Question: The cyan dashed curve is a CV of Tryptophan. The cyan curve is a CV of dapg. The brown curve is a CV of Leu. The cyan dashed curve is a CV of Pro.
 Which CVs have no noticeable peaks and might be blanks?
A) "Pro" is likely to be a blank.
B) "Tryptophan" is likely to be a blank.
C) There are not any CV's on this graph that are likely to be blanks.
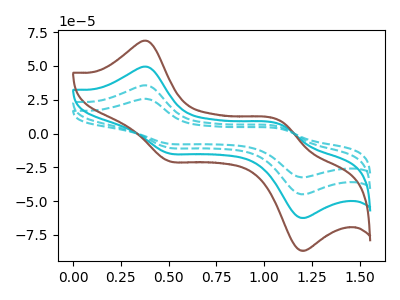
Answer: <think>The cyan dashed curve "Tryptophan" has anodic peaks at (0.40V, 25.60uA) (1.10V, 3.35uA) and cathodic peaks at (0.50V, -7.55uA) (1.20V, -32.25uA). The cyan curve "dapg" has anodic peaks at (0.40V, 71.05uA) (1.10V, 9.30uA) and cathodic peaks at (0.50V, -20.95uA) (1.20V, -89.50uA). The brown curve "Leu" has anodic peaks at (0.40V, 106.60uA) (1.10V, 13.90uA) and cathodic peaks at (0.50V, -31.45uA) (1.20V, -134.25uA). The cyan dashed curve "Pro" has anodic peaks at (0.40V, 35.55uA) (1.10V, 4.65uA) and cathodic peaks at (0.50V, -10.50uA) (1.20V, -44.75uA).</think>
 <answer>C) There are not any CV's on this graph that are likely to be blanks.</answer>
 <eval>C</eval>